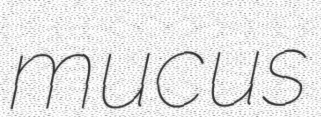
mucus